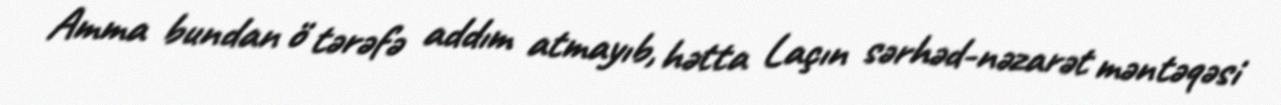
Amma bundan ö tərəfə addım atmayıb, hətta Laçın sərhəd-nəzarət məntəqəsi